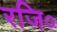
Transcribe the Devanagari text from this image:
रजि०